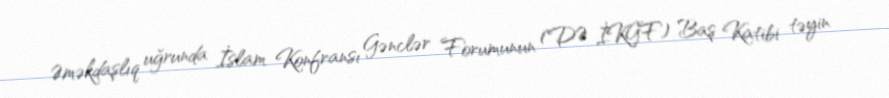
Əməkdaşlıq uğrunda İslam Konfransı Gənclər Forumunun (DƏ İKGF) Baş Katibi təyin